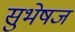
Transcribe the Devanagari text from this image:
सुभेषज